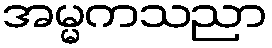
အမ္မကသညာ